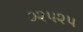
૦૨૫૨૫